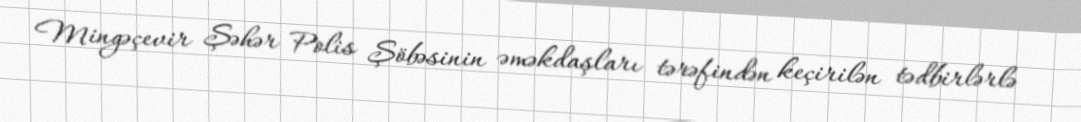
Mingəçevir Şəhər Polis Şöbəsinin əməkdaşları tərəfindən keçirilən tədbirlərlə